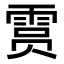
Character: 𫕥